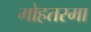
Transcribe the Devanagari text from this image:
मोहतरमा